Insane asylums in Bengal annual reports 1867-1875 - 1867-1875
Year: 1867
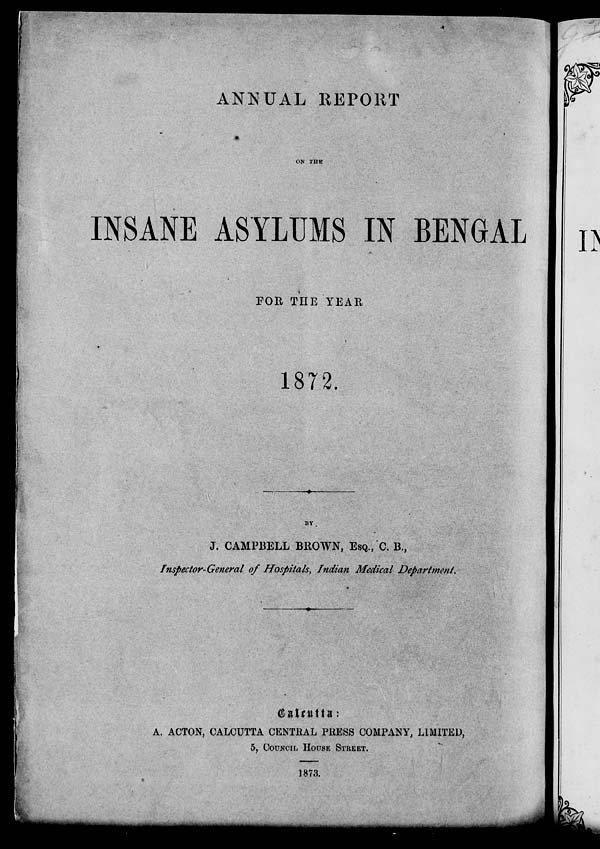
ANNUAL REPORT
ON THE
INSANE ASYLUMS IN BENGAL
FOR THE YEAR
1872.
BY
J. CAMPBELL BROWN, ESQ., C. B.,
Inspector-General of Hospitals, Indian Medical Department.
A. ACTON, CALCUTTA CENTRAL PRESS COMPANY, LIMITED,
5, COUNCIL HOUSE STREET.
1873.